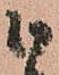
候